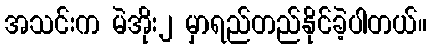
အသင်းက မဲအိုး၂ မှာရည်တည်နိုင်ခဲ့ပါတယ်။